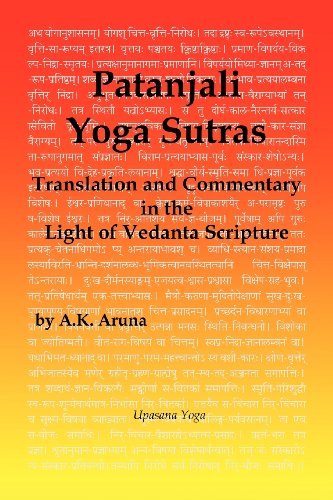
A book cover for Patanjali Yoga Sutras: Translation and Commentary in the Light of Vedanta Scripture; A. K. Aruna; Religion & Spirituality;